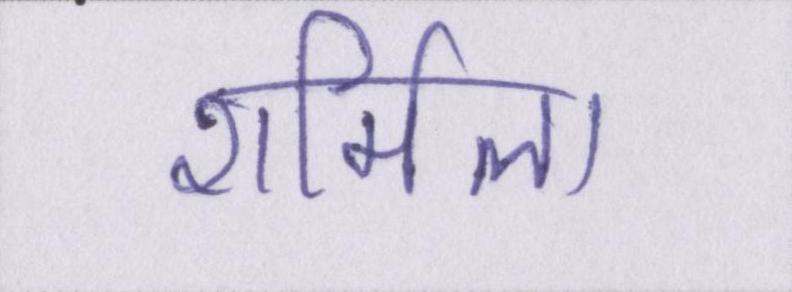
शर्मिला